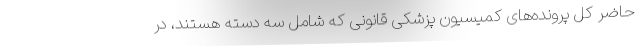
حاضر کل پرونده‌های کمیسیون پزشکی قانونی که شامل سه دسته هستند، در